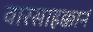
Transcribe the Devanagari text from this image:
वारसाहक्कानं